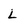
Character: l